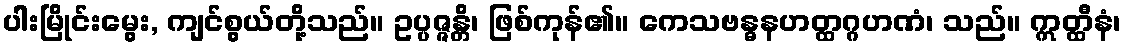
ပါးမြိုင်းမွေး, ကျင်စွယ်တို့သည်။ ဥပ္ပဇ္ဇန္တိ၊ ဖြစ်ကုန်၏။ ကေသဗန္ဓနဟတ္ထဂ္ဂဟဏံ၊ သည်။ ဣတ္ထီနံ၊